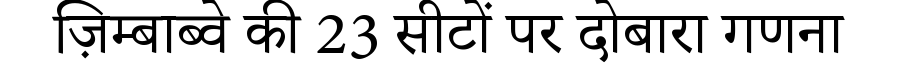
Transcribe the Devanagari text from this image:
ज़िम्बाब्वे की 23 सीटों पर दोबारा गणना